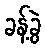
ခန့်ခွဲ